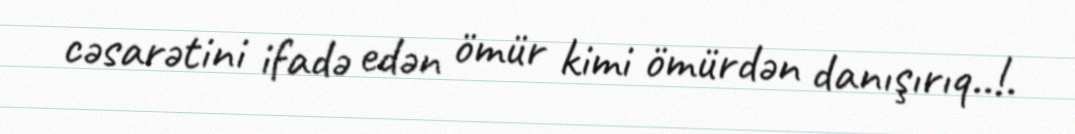
cəsarətini ifadə edən ömür kimi ömürdən danışırıq..!.